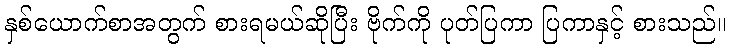
နှစ်ယောက်စာအတွက် စားရမယ်ဆိုပြီး ဗိုက်ကို ပုတ်ပြကာ ပြကာနှင့် စားသည်။